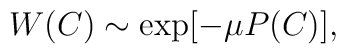
W(C) \sim \exp[ -\mu P(C) ],